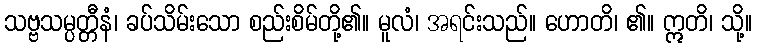
သဗ္ဗသမ္ပတ္တီနံ၊ ခပ်သိမ်းသော စည်းစိမ်တို့၏။ မူလံ၊ အရင်းသည်။ ဟောတိ၊ ၏။ ဣတိ၊ သို့။